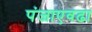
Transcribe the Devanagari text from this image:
पंजाएवढा